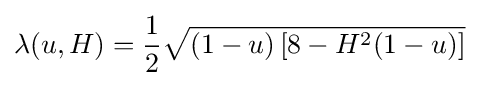
\lambda (u,H)={\frac {1}{2}}{\sqrt {(1-u)\left[8-H^{2}(1-u)\right]}}